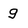
Character: g